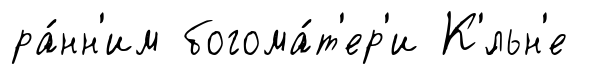
ра́нн'им богома́т'ер'и К'́льн'е